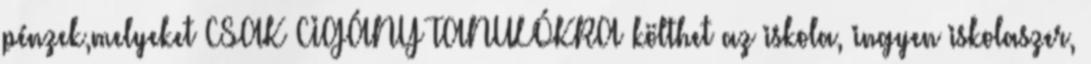
pénzek,melyeket CSAK CIGÁNY TANULÓKRA költhet az iskola, ingyen iskolaszer,